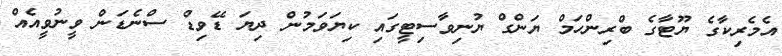
އެމެރިކާގެ ޔޫޓާގެ ބްރިންހަމް ޔަންގް ޔުނިވާސިޓީގައި ކިޔަވަމުން ދިޔަ ޑޭވިޑް ސްނެޑަން ވީނުވީއެއް